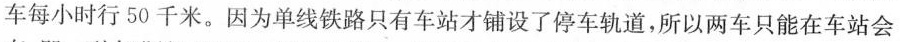
车每小时行50千米。因为单线铁路只有车站才铺设了停车轨道，所以两车只能在车站会